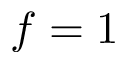
f = 1